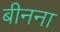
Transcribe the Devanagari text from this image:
बीनना